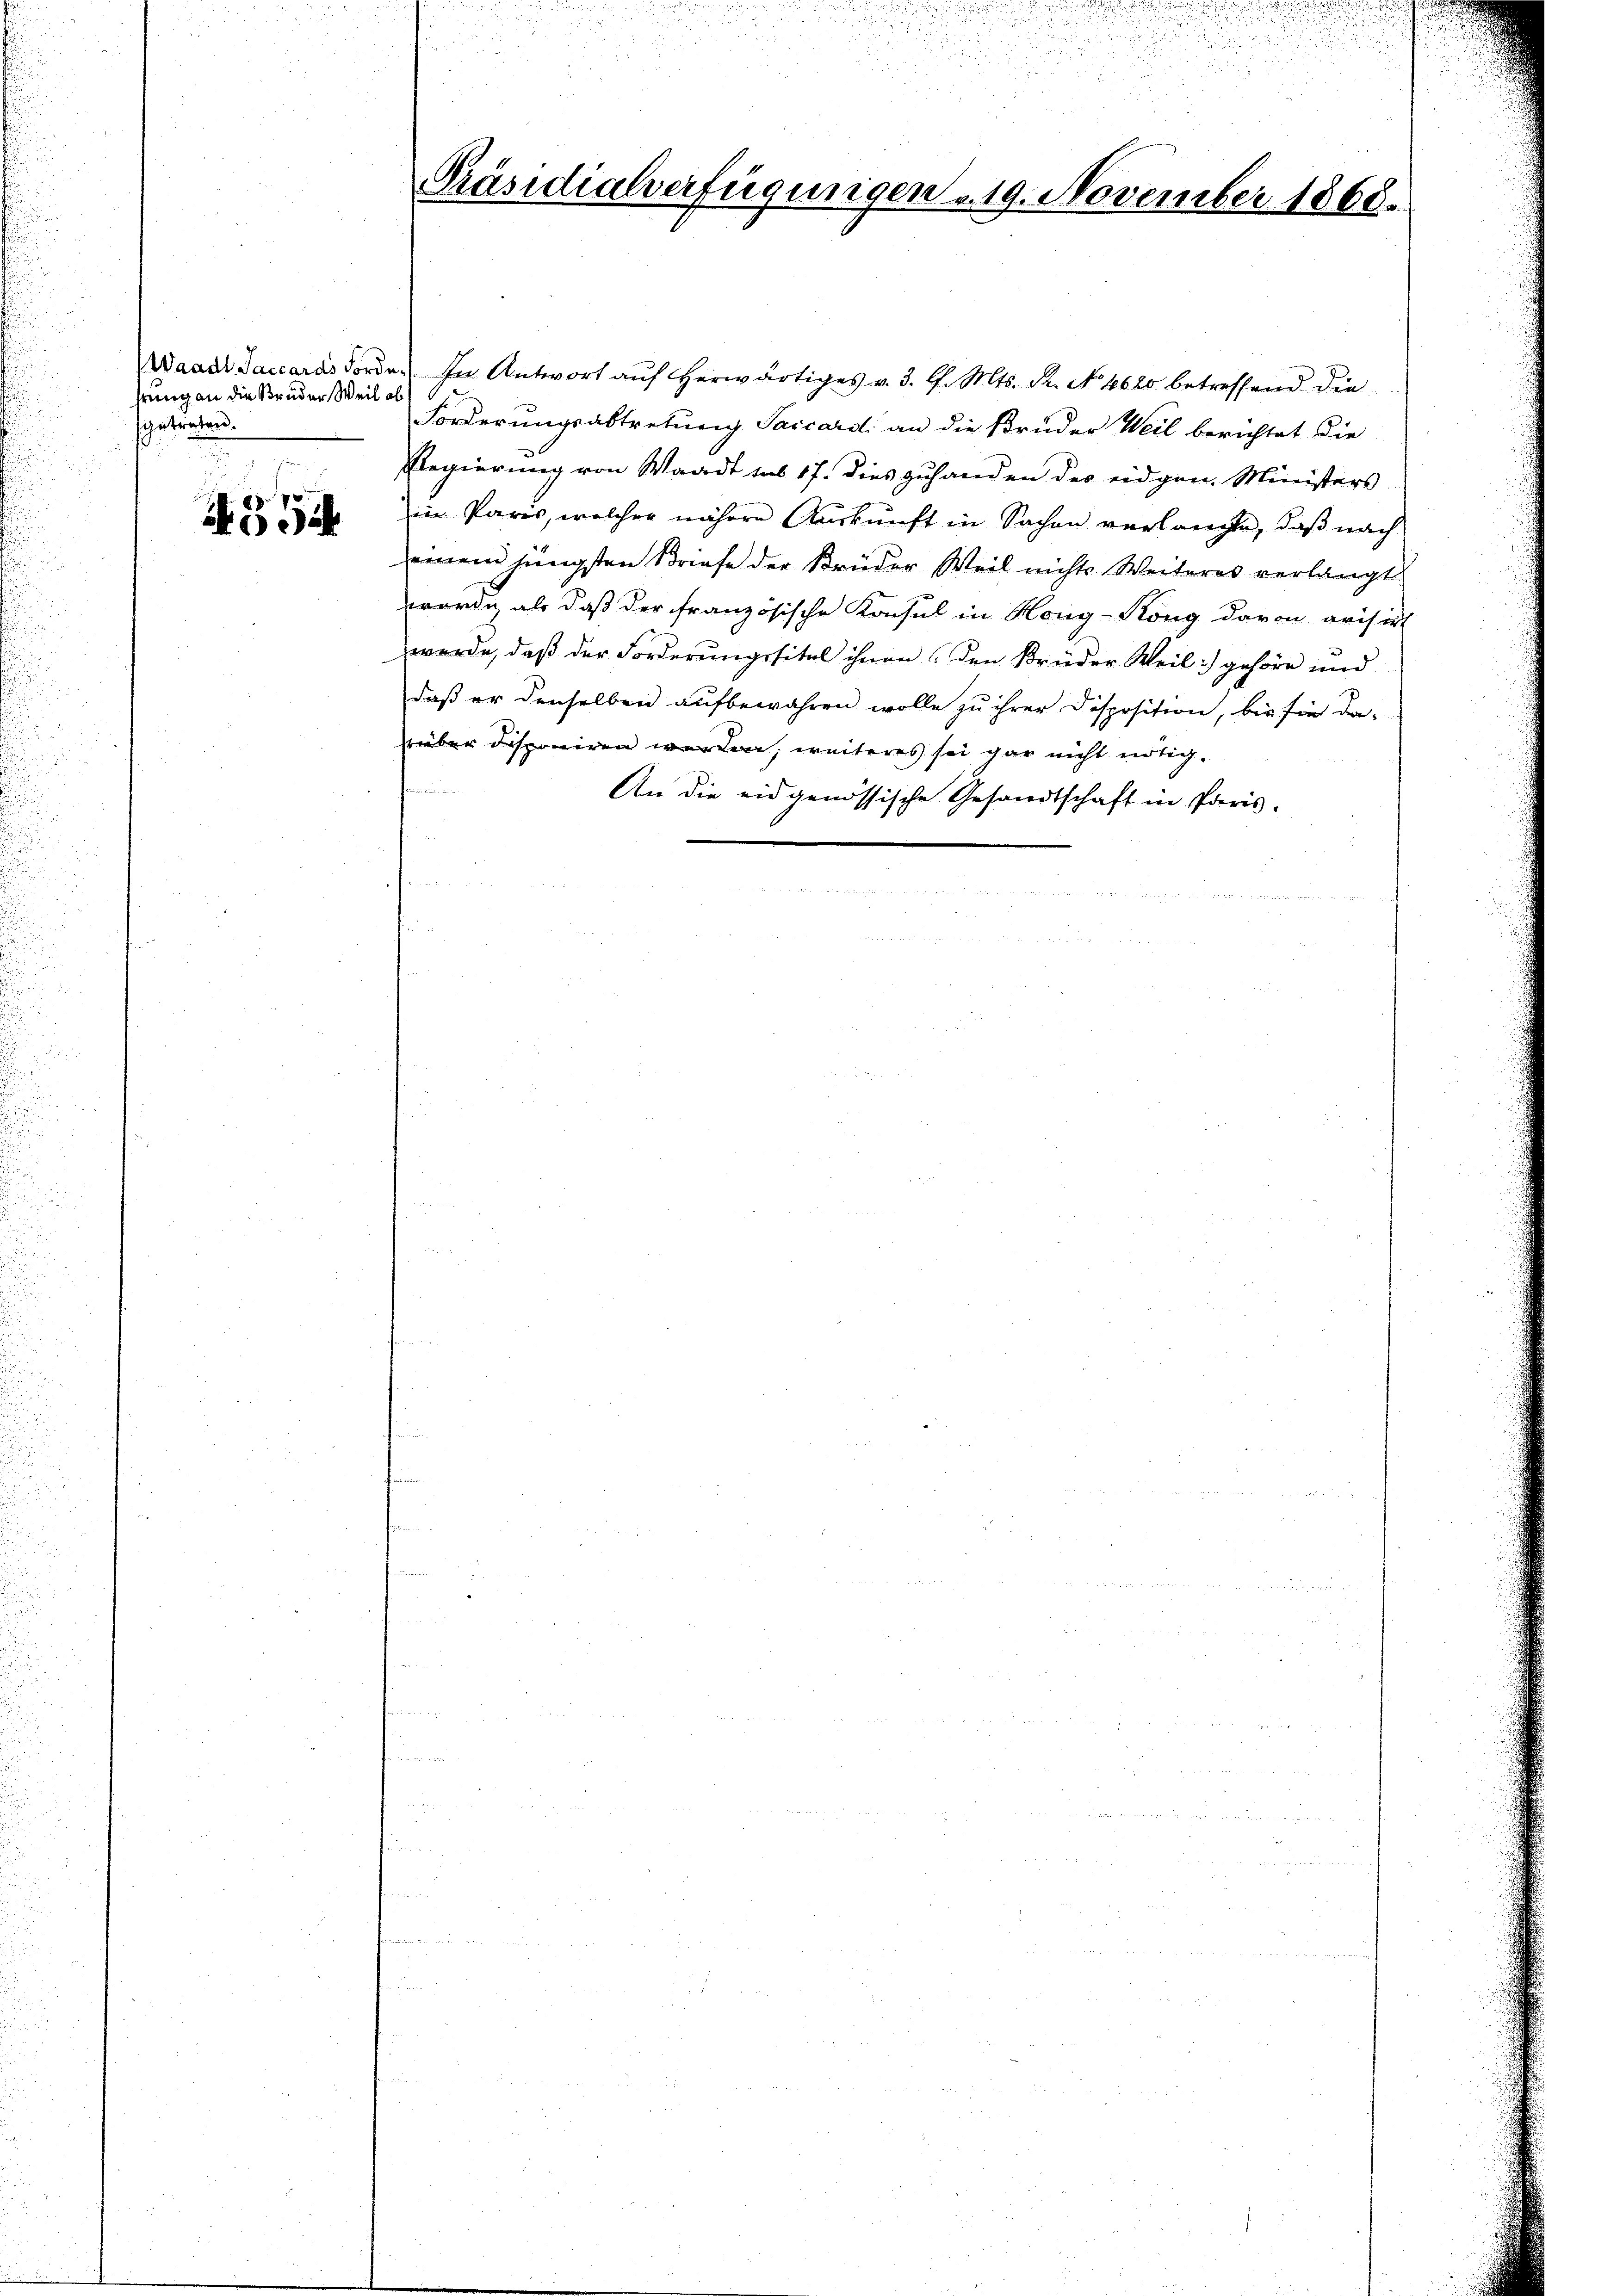
hrung an die Bruder Weil ab
sehntreten.

4554

d

Präsidialverfügungen u. 19. November 1868.

Waadt Saccaras Forden. In Antwort aŭf herwärtiges v. 3. d. Mts. S. No 4620 betreffend die
Forderungsabtretung Saccardi an die Brüder Weil berichtet die
Regierung von Waadt sub 17. dies zuhanden der eidgen. Ministers
in Paris, welcher nähere Auskunft in Sachen verlangte, daß nach
einem jüngsten Briefe der Brüder Weil nichts Weiteres verlangt.
worde, als daß der französische Konsul in Kong-Köng davon avisirt
werde, daß der Forderungssital ihnen der Brüder Weil gehöre und
daß er denselben aufbewahren wolle zu ihrer Disposition, bis sie da-
rüber disponiren werden, weiteres sei gar nicht nötig.
An die eidgenössische Gesandtschaft in Paris.

   eine